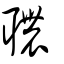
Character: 𦗳